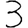
Digit: 3